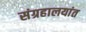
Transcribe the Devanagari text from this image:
संग्रहालयांत